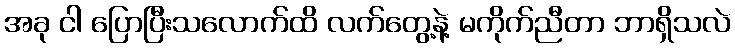
အခု ငါ ပြောပြီးသလောက်ထိ လက်တွေ့နဲ့ မကိုက်ညီတာ ဘာရှိသလဲ